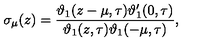
\sigma _ { \mu } ( z ) = \frac { \vartheta _ { 1 } ( z - \mu , \tau ) \vartheta _ { 1 } ^ { \prime } ( 0 , \tau ) } { \vartheta _ { 1 } ( z , \tau ) \vartheta _ { 1 } ( - \mu , \tau ) } ,